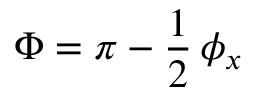
\Phi = \pi - \frac { 1 } { 2 } \, \phi _ { x }